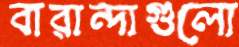
বারান্দাগুলো